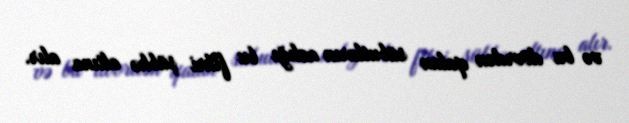
və bu dövrdən qalan sübutların azlığı bu fikri şübhə altına alır.